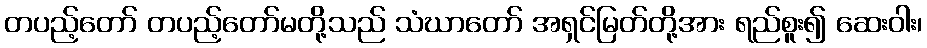
တပည့်တော် တပည့်တော်မတို့သည် သံဃာတော် အရှင်မြတ်တို့အား ရည်စူး၍ ဆေးဝါး၊